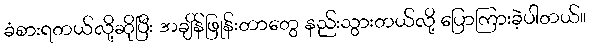
ခံစားရတယ်လို့ဆိုပြီး အချိန်ဖြုန်းတာတွေ နည်းသွားတယ်လို့ ပြောကြားခဲ့ပါတယ်။